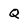
Character: Q